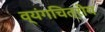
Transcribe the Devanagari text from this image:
व्यंगचित्रीय